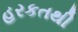
હરકતથી